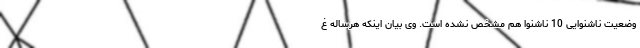
وضعیت ناشنوایی 10 ناشنوا هم مشخص نشده است. وی بیان اینکه هرساله غ